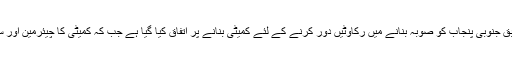
معاہدے کے نکات کے مطابق جنوبی پنجاب کو صوبہ بنانے میں رکاوٹیں دور کرنے کے لئے کمیٹی بنانے پر اتفاق کیا گیا ہے جب کہ کمیٹی کا چیئرمین اور سیکرٹری بھی بنایا جائے گا۔